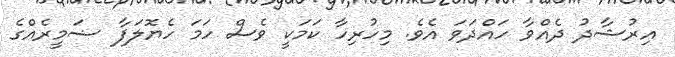
އިރުޝާދު ދެއްވާ ހައްދަވަ އެވެ. މިހުރިހާ ކަމަކީ ވެސް ހަމަ ހެޔޮލަފާ ޟަމީރެއްގެ